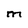
Character: M